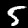
Digit: 5